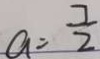
a = \frac { 7 } { 2 }